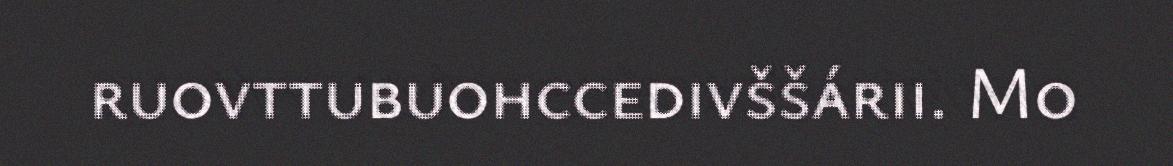
ruovttubuohccedivššárii. Mo